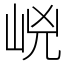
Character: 㟅